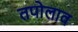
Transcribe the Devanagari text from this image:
तपोलाव